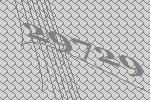
29729